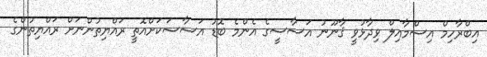
އިބްރާހިމް އިސްމާއިލް ވިދާޅުވީ ޤާނޫނު އަސާސީގެ އެންމެ ބޮޑު އަސާސަކަށްއޮތީ ރައްޔިތުންނަށް ރައްޔިތުންގެ